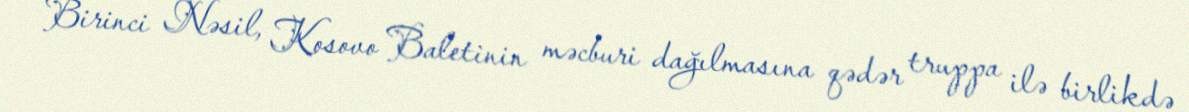
Birinci Nəsil, Kosovo Baletinin məcburi dağılmasına qədər truppa ilə birlikdə